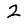
Digit: 2